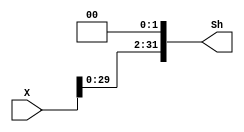
`timescale 1ns / 1ps
//////////////////////////////////////////////////////////////////////////////////
// Company: 
// Engineer: 
// 
// Design Name: 
// Module Name: SHIFTER32_L2
// Project Name: 
// Target Devices: 
// Tool Versions: 
// Description: 
// 
// Dependencies: 
// 
// Revision:
// Revision 0.01 - File Created
// Additional Comments:
// 
//////////////////////////////////////////////////////////////////////////////////


module SHIFTER32_L2(X,Sh);
input [31:0] X;
output [31:0] Sh;
parameter z=2'b00;
assign Sh={X[29:0],z};
endmodule

module SHIFTER_COMBINATION(X,PCADD4,Sh);
input [26:0] X;
input [31:0] PCADD4;
output [31:0] Sh;
parameter z=2'b00;
assign Sh={PCADD4[3:0],X[26:0],z};
endmodule